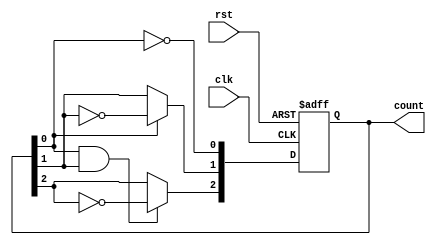
module async_counter(
    input wire clk,            // Clock input
    input wire rst,            // Asynchronous reset
    output reg [N-1:0] count   // Counter output (N-bit wide)
);
    parameter N = 3;           // Number of bits (modify as needed)

    // Always block for the counter logic
    always @(posedge clk or posedge rst) begin
        if (rst) begin
            count <= 0;        // Reset the count to 0
        end else begin
            count[0] <= ~count[0]; // Toggle the first bit
            // Ripple effect for other bits
            count[1] <= count[0] ? ~count[1] : count[1]; 
            count[2] <= (count[0] & count[1]) ? ~count[2] : count[2];
            // Add more bits as needed for a wider counter
        end
    end
endmodule